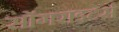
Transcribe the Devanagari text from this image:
सोंगराइटर्स